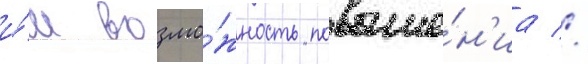
и́м возмо́жность повыше́н'иа //